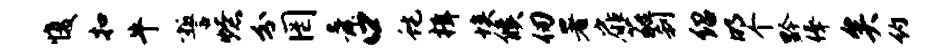
愎扣牛誓燎分罔舜口蛇楫埃候仞署扉蕤刹绍明个黔俸矣约